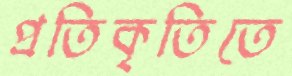
প্রতিকৃতিতে